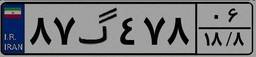
۸۷گ۴۷۸۰۶